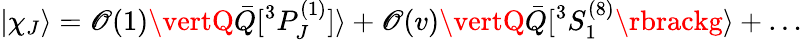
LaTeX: \vert\chi_{J}\rangle=\mathscr{O}(1)\vertQ\bar{{Q}}\lbrack{}^{3}P_{J}^{(1)}\rbrack\rangle+\mathscr{O}(v)\vertQ\bar{{Q}}\lbrack{}^{3}S_{1}^{(8)}\rbrackg\rangle+\ldots